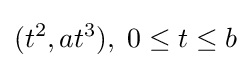
(t^{2},at^{3}),\;0\leq t\leq b